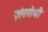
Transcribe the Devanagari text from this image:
ज़ंगरोधी